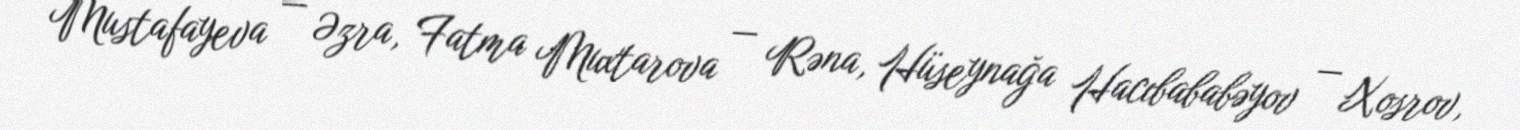
Mustafayeva — Əzra, Fatma Muxtarova — Rəna, Hüseynağa Hacıbababəyov — Xosrov,